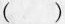
()